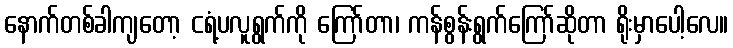
နောက်တစ်ခါကျတော့ ငရံ့ပလူရွက်ကို ကြော်တာ၊ ကန်စွန်းရွက်ကြော်ဆိုတာ ရိုးမှာပေါ့လေ။